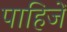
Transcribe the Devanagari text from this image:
पाहिजेँ